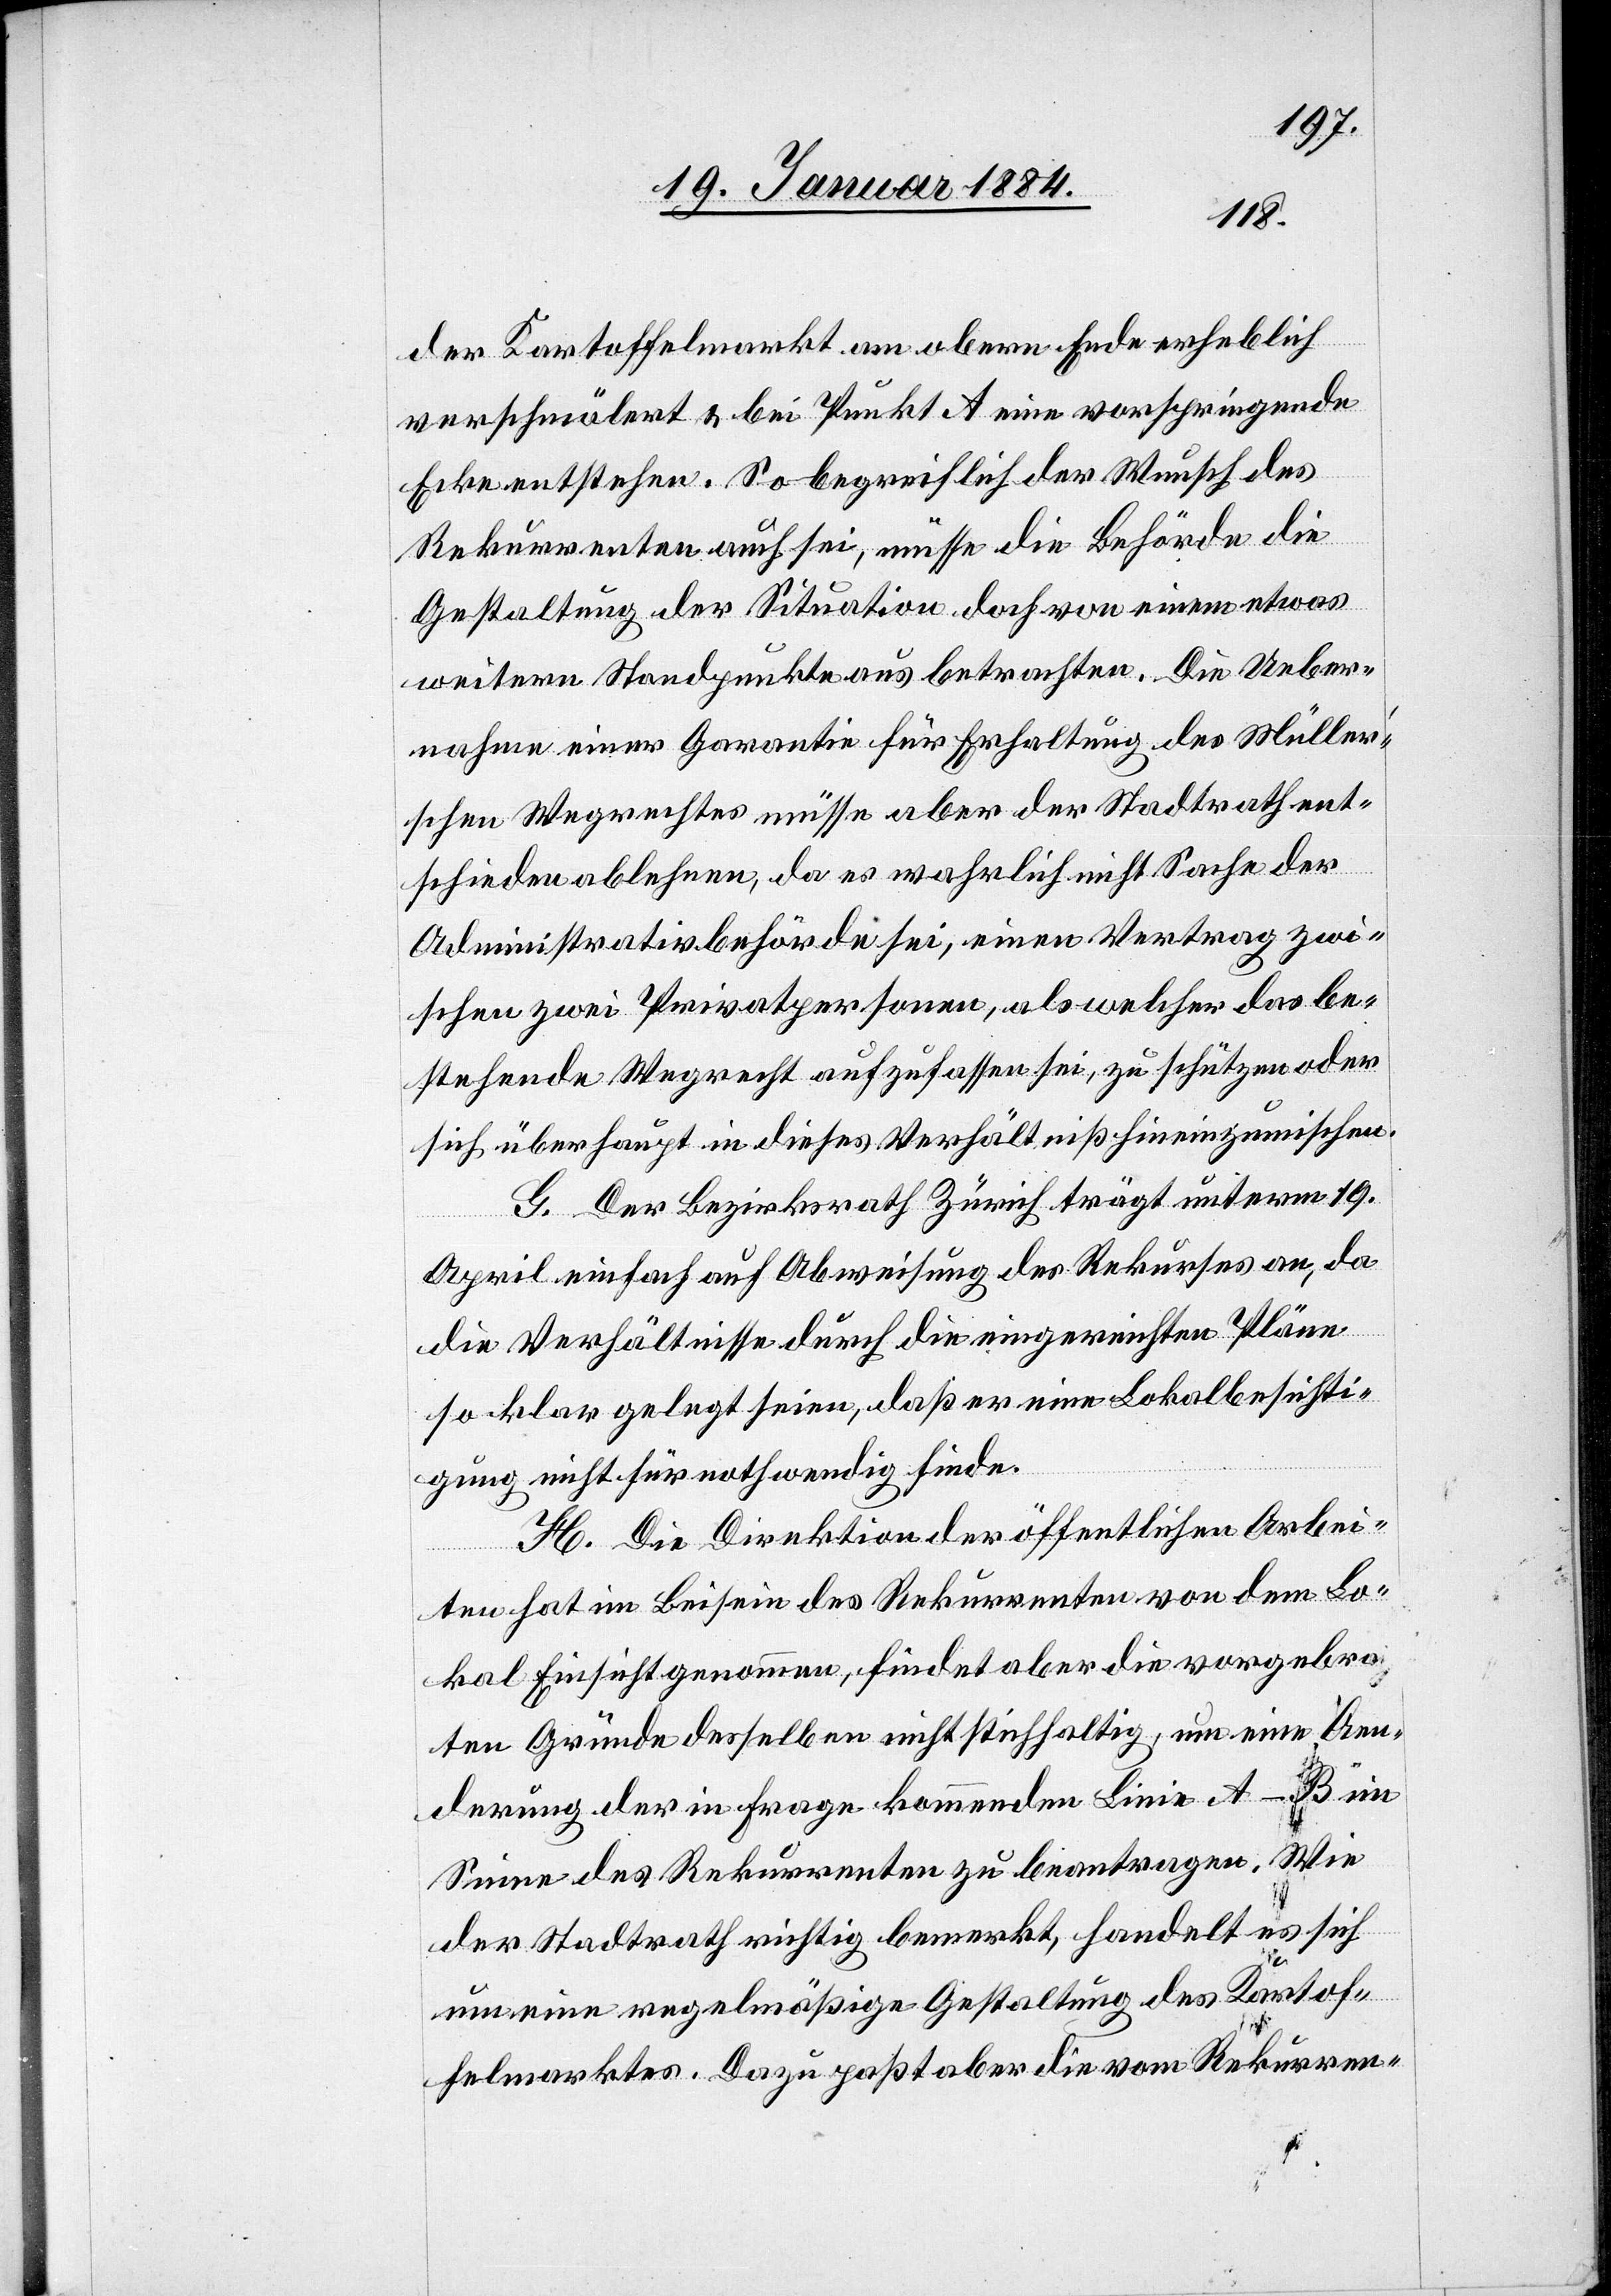
der Kartoffelmarkt am obern Ende erheblich
verschmälert & bei Punkt a eine vorspringende
Ecke entstehen. So begreiflich der Wunsch des
Rekurrenten auch sei, müsse die Behörde die
Gestaltung der Situation doch von einem etwas
weitern Standpunkte aus betrachten. Die Ueber¬
nahme einer Garantie für Erhaltung des Müller’s¬
chen Wegrechtes müsse aber der Stadtrath ent¬
schieden ablehnen, da es wahrlich nicht Sache der
Administrativbehörden sei, einen Vertrag zwi¬
schen zwei Privatpersonen, als welcher das be¬
stehende Wegrecht aufzufassen sei, zu schützen oder
sich überhaupt in dieses Verhältniß hineinzumischen.
G. Der Bezirksrath Zürich trägt unterm 19.
April einfach auf Abweisung des Rekurses an, da
die Verhältnisse durch die eingereichten Pläne
so klar gelegt seien, daß er eine Lokalbesichti¬
gung nicht für nothwendig finde.
H. Die Direktion der öffentlichen Arbei¬
ten hat im Beisein des Rekurrenten von dem Lo¬
kal Einsicht genommen, findet aber die vorgebrach¬
ten Gründe desselben nicht stichhaltig, um eine Aen¬
derung der in Frage kommenden Linie A–B im
Sinne des Rekurrenten zu beantragen. Wie
der Stadtrath richtig bemerkt, handelt es sich
um eine regelmäßige Gestaltung des Kartof¬
felmarktes. Dazu paßt aber die vom Rekurren-